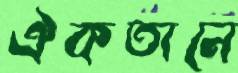
ঐকতানে